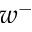
w ^ { - }